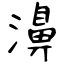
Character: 濞